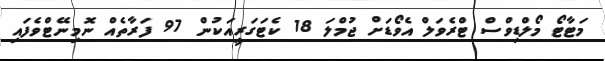
މަޓާޓޯ މޯލްޑިވްސް ޓްރެވަލް އެވޯޑަށް ޖުމްލަ 18 ކެޓަގަރީއަކުން 97 ފަރާތެއް ނޮމިނޭޓްވެފައި